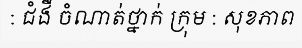
: ជំងឺ ចំណាត់ថ្នាក់ ក្រុម : សុខភាព